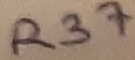
Text: R37